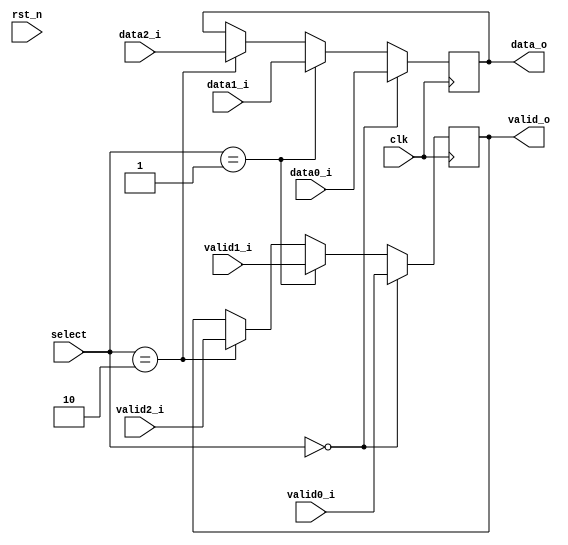
`timescale 1ns / 1ps
//////////////////////////////////////////////////////////////////////////////////
// Company: 
// Engineer: 
// 
// Design Name: 
// Module Name:    mux 
// Project Name: 
// Target Devices: 
// Tool versions: 
// Description: 
//
// Dependencies: 
//
// Revision: 
// Revision 0.01 - File Created
// Additional Comments: 
//
//////////////////////////////////////////////////////////////////////////////////
module mux #(
		parameter D_WIDTH = 8
	)(
		// Clock and reset interface
		input clk,
		input rst_n,
		
		//Select interface
		input[1:0] select,
		
		// Output interface
		output reg[D_WIDTH - 1 : 0] data_o,
		output reg						 valid_o,
				
		//output interfaces
		input [D_WIDTH - 1 : 0] 	data0_i,
		input   							valid0_i,
		
		input [D_WIDTH - 1 : 0] 	data1_i,
		input   							valid1_i,
		
		input [D_WIDTH - 1 : 0] 	data2_i,
		input     						valid2_i
    );
	
	//TODO: Implement MUX logic here
   always @(posedge clk) begin
	   //daca select e 0 iesirile sunt datele primite de la modulului caesar
		if(!select) begin 
			data_o<=data0_i;
			valid_o<=valid0_i;
		end
		//altfel daca select e 1 iesirile sunt datele primite de la modulului scytale
		else if(select==1) begin 
			data_o<=data1_i;
			valid_o<=valid1_i;
		end
		//daca select e 2 iesirile sunt cele datele de iesirea ale modulului zigzag
		else if(select==2) begin 
			data_o<=data2_i;
			valid_o<=valid2_i;
		end					
	end
endmodule